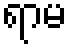
ရာမ